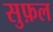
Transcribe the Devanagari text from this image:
सुफ़ल